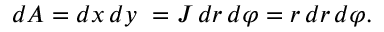
d A = d x \, d y \ = J \, d r \, d \varphi = r \, d r \, d \varphi .